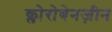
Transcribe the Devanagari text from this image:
क्लोरोबेनज़ीन